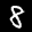
Label: 8